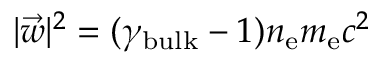
| \vec { w } | ^ { 2 } = ( \gamma _ { \mathrm { b u l k } } - 1 ) n _ { \mathrm { e } } m _ { \mathrm { e } } c ^ { 2 }